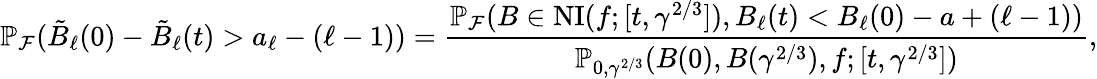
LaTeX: \mathbb{P}_{\mathcal{F}}(\tilde{B}_{\ell}(0)-\tilde{B}_{\ell}(t)>a_{\ell}-(\ell-1))=\frac{\mathbb{P}_{\mathcal{F}}(B\in\operatorname{NI}(f;[t,\gamma^{2/3}]),B_{\ell}(t)<B_{\ell}(0)-a+(\ell-1))}{\mathbb{P}_{0,\gamma^{2/3}}(B(0),B(\gamma^{2/3}),f;[t,\gamma^{2/3}])},